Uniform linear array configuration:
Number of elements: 32
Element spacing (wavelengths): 0.75
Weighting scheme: cosine
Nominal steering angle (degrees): -30
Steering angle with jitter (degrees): -29.448
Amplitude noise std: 0.05
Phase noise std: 0.05

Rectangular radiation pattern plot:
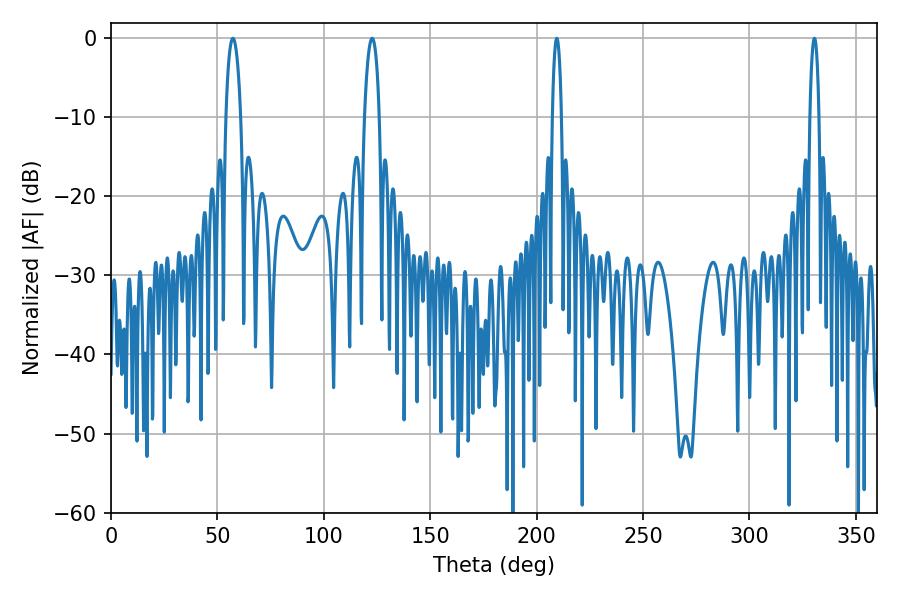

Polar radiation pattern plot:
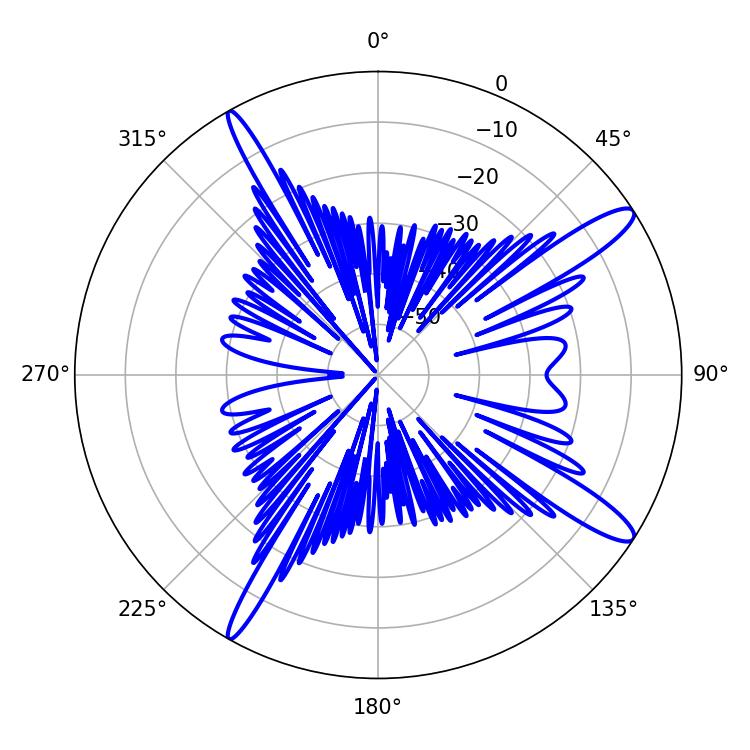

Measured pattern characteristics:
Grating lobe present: TRUE
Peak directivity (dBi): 13.771
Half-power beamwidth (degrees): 3.78
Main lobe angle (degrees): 57.24